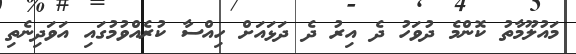
މައުލޫމާތު ކޮންމެ ދުވަހު ދެ އިރު ދެ ދަޅައަށް ހިއްސާ ކުރެއްވުމުގައި އަވަދިނެތި